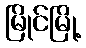
မြိုင်မြို့